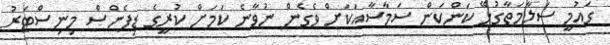
ގައުމީ ސަލާމަތާގުޅޭ ކަންކަން ސަމާސާއަކަށް ވެގެން ނުވާނެ ކަމަށް ކުރީގެ ޑިފެންސް މިނިސްޓަރު